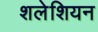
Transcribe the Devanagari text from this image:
शलेशियन